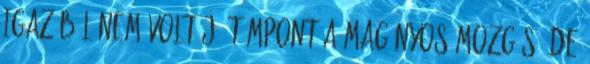
Igazából nem volt jó támpont a magányos mozgás, de